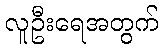
လူဦးရေအတွက်